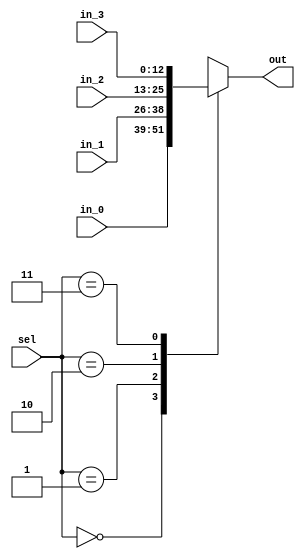
/*
 * Copyright (c) 2024 Ivan Pancheniak
 * SPDX-License-Identifier: Apache-2.0
 */

module mux4  (
    input wire[1:0] sel,
    input wire [12:0] in_0,
    input wire [12:0] in_1,
    input wire [12:0] in_2,
    input wire [12:0] in_3,
    output reg [12:0] out
);

always @ ( * ) begin
  case (sel)
    2'b00 : out = in_0;
    2'b01 : out = in_1;
    2'b10 : out = in_2;
    2'b11 : out = in_3;
  endcase
end

endmodule